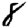
Digit: 8